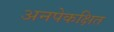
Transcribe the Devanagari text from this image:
अनपेकक्षित